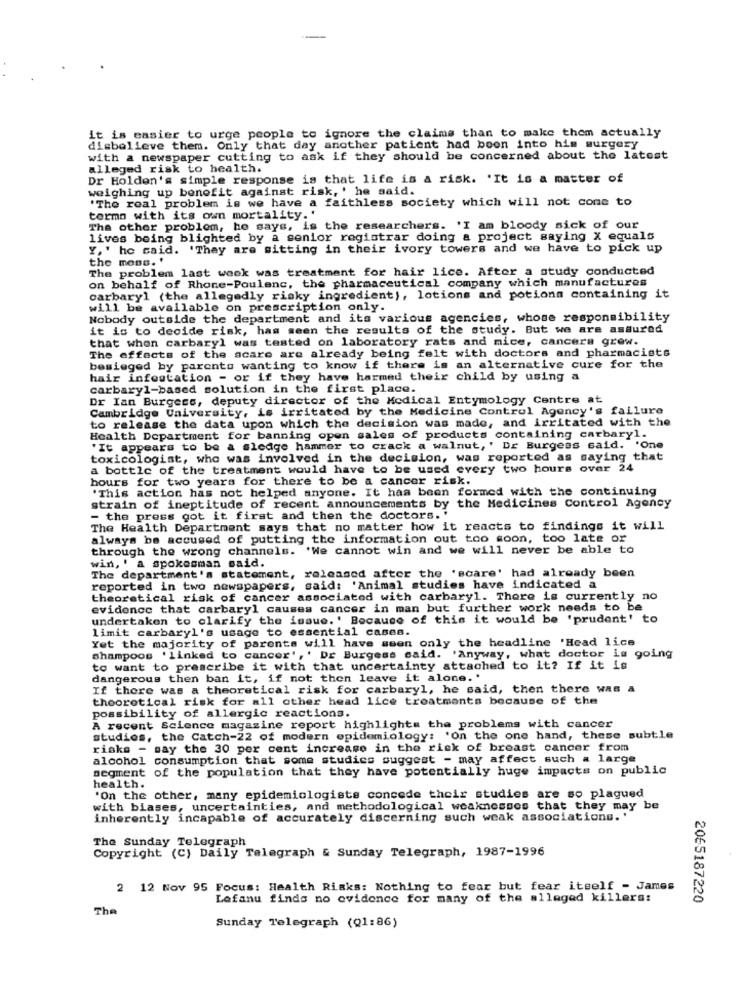
it is easier to urge people to ignore the claims than to make them actually
disbelieve them. Only that day another patient had been into his surgery
with a newspaper cutting to ask if they should be concerned about the latest
alleged risk to health.
Dr Holden's simple response is that life is a risk. 'It is a matter of
weighing up benefit against risk, ' he said.
'The real problem is we have a faithless society which will not come to
termo with its own mortality.'
The other problem, he says, is the researchers. 'I am bloody sick of our
lives being blighted by a senior registrar doing a project saying X equals
Y,' he said. 'They are sitting in their ivory towers and we have to pick up
the mens. '
The problem last week was treatment for hair lice. After a study conducted
on behalf of Rhone-Poulenc, the pharmaceutical company which manufactures
carbaryl (the allegedly risky ingredient), lotions and potions containing it
will be available on prescription only.
Nobody outside the department and its various agencies, whose responsibility
it is to decide risk, has seen the results of the study. But we are assured
that when carbaryl was tested on laboratory rats and mice, cancers grew.
The effects of the acare are already being felt with doctors and pharmacists
besieged by parents wanting to know if there is an alternative cure for the
hair infestation - or if they have harmed their child by using a
carbary1-based solution in the first place.
Dr Ian Burgess, deputy director of the Medical Entymology Centre at
Cambridge University, is irritated by the Medicine Control Agency's failure
to release the data upon which the decision was made, and irritated with the
Health Department for banning open sales of products containing carbaryl.
"It appears to be a sledge hammer to crack a walnut,' Dr Burgess said. 'One
toxicologist, who was involved in the decision, was reported as saying that
a bottle of the treatment would have to be used every two hours over 24
hours for two years for there to be a cancer risk.
'This action has not helped anyone. It has been formed with the continuing
strain of ineptitude of recent announcements by the Medicines Control Agency
- the press got it first and then the doctors. "
The Health Department says that no matter how it reacts to findings it will
always be accused of putting the information out too soon, too late or
through the wrong channels. 'We cannot win and we will never be able to
win, ' a spokesman said.
The department's statement, released after the 'scare' had already been
reported in two newspapers, said: 'Animal studies have indicated a
theoretical risk of cancer associated with carbaryl. There is currently no
evidence that carbaryl causes cancer in man but further work needs to be
undertaken to clarify the issue.' Because of this it would be 'prudent' to
limit carbaryl's usage to essential cases.
Yet the majority of parents will have seen only the headline 'Head lice
shampoos 'linked to cancer',' Dr Burgess said. 'Anyway, what doctor is going
to want to prescribe it with that uncertainty attached to it? If it is
dangerous then ban it, if not then leave it alone. '
If there was a theoretical risk for carbaryl, he said, then there was a
theoretical risk for all other head lice treatments because of the
possibility of allergic reactions.
A recent Science magazine report highlights the problems with cancer
studies, the Catch-22 of modern epidemiology: 'On the one hand, these subtle
risks - say the 30 per cent increase in the risk of breast cancer from
alcohol consumption that some studies suggest - may affect such a large
segment of the population that they have potentially huge impacts on public
health.
'On the other, many epidemiologists concede their studies are so plagued
with biases, uncertainties, and methodological weaknesses that they may be
inherently incapable of accurately discerning such weak associations.'
The Sunday Telegraph
Copyright (C) Daily Telegraph & Sunday Telegraph, 1987-1996
2 12 Nov 95 Focus: Health Risks: Nothing to fear but fear itself - James
Lefanu finds no evidence for many of the alleged killers:
2065187220
The
Sunday Telegraph (Q1:86)